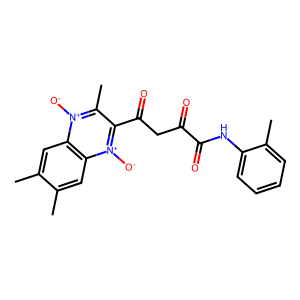
SMILES: Cc1cc2c(cc1C)[n+]([O-])c(C(=O)CC(=O)C(=O)Nc1ccccc1C)c(C)[n+]2[O-]
Inhibits HIV replication: No